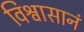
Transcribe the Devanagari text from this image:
विश्वासानं